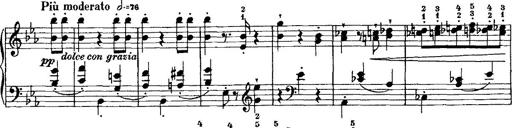
Title: Grande valse di bravura
Composer: Franz Liszt